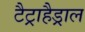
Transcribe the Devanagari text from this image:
टैट्राहैड्राल